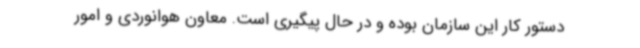
دستور کار این سازمان بوده و در حال پیگیری است. معاون هوانوردی و امور